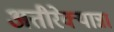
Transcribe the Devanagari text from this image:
अतीरेक्यान्ना